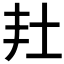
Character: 𡉘